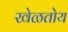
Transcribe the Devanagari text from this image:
खेळतोय